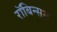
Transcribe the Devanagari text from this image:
रॉबिन्सन